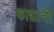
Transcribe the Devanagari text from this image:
काद्याची